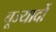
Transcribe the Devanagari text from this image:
बूज्यार्दो